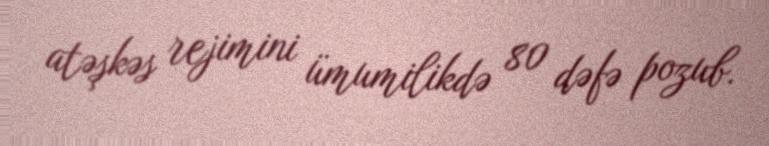
atəşkəs rejimini ümumilikdə 80 dəfə pozub.